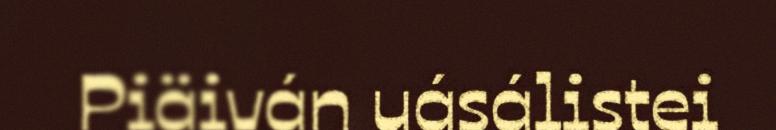
Piäiván uásálistei